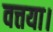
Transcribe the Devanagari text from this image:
वत्तया।